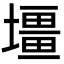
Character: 壃